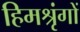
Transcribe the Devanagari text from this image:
हिमश्रृंगों